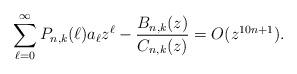
LaTeX: \begin{align*}\sum_{\ell=0}^{\infty} P_{n,k}(\ell)a_{\ell}z^{\ell}-\frac{B_{n,k}(z)}{C_{n,k}(z)}=O(z^{10n+1}).\end{align*}